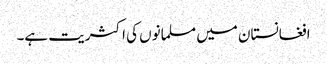
افغانستان میں مسلمانوں کی اکثریت ہے۔